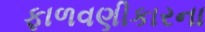
ફાળવણીકારના